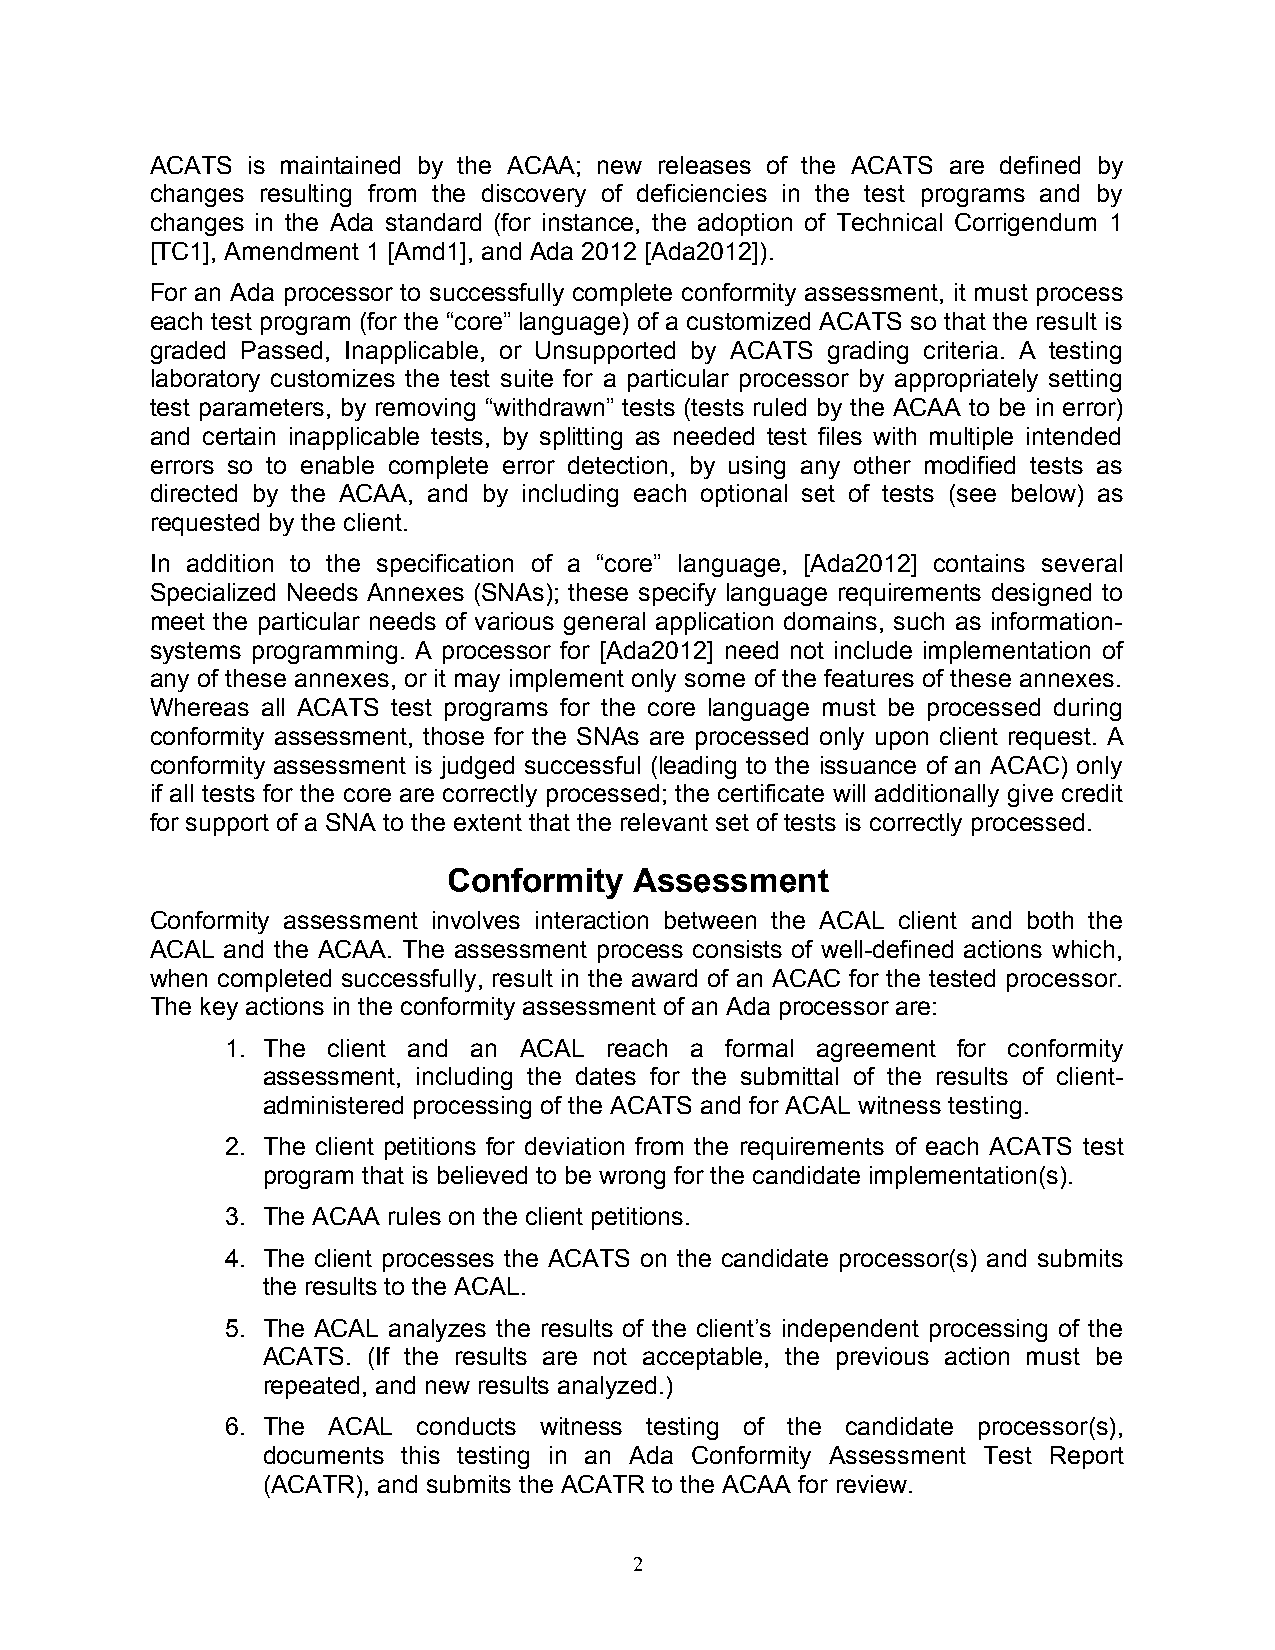
ACATS is maintained by the ACAA; new releases of the ACATS are defined by
 changes resulting from the discovery of deficiencies in the test programs and by
 changes in the Ada standard (for instance, the adoption of Technical Corrigendum 1
 [TC1], Amendment 1 [Amd1], and Ada 2012 [Ada2012]).
 For an Ada processor to successfully complete conformity assessment, it must process
 each test program (for the “core” language) of a customized ACATS so that the result is
 graded Passed, Inapplicable, or Unsupported by ACATS grading criteria. A testing
 laboratory customizes the test suite for a particular processor by appropriately setting
 test parameters, by removing “withdrawn” tests (tests ruled by the ACAA to be in error)
 and certain inapplicable tests, by splitting as needed test files with multiple intended
 errors so to enable complete error detection, by using any other modified tests as
 directed by the ACAA, and by including each optional set of tests (see below) as
 requested by the client.
 In addition to the specification of a “core” language, [Ada2012] contains several
 Specialized Needs Annexes (SNAs); these specify language requirements designed to
 meet the particular needs of various general application domains, such as information-
 systems programming. A processor for [Ada2012] need not include implementation of
 any of these annexes, or it may implement only some of the features of these annexes.
 Whereas all ACATS test programs for the core language must be processed during
 conformity assessment, those for the SNAs are processed only upon client request. A
 conformity assessment is judged successful (leading to the issuance of an ACAC) only
 if all tests for the core are correctly processed; the certificate will additionally give credit
 for support of a SNA to the extent that the relevant set of tests is correctly processed.
 Conformity  Assessment
 Conformity assessment involves interaction between the ACAL client and both the
 ACAL and the ACAA. The assessment process consists of well-defined actions which,
 when completed successfully, result in the award of an ACAC for the tested processor.
 The key actions in the conformity assessment of an Ada processor are:
 1. The client and an ACAL reach a formal agreement for conformity
 assessment, including the dates for the submittal of the results of client-
 administered processing of the ACATS and for ACAL witness testing.
 2. The client petitions for deviation from the requirements of each ACATS test
 program that is believed to be wrong for the candidate implementation(s).
 3. The ACAA rules on the client petitions.
 4. The client processes the ACATS on the candidate processor(s) and submits
 the results to the ACAL.
 5. The ACAL analyzes the results of the client’s independent processing of the
 ACATS. (If the results are not acceptable, the previous action must be
 repeated, and new results analyzed.)
 6. The ACAL  conducts witness testing of the candidate processor(s),
 documents this testing in an Ada Conformity Assessment Test Report
 (ACATR), and submits the ACATR to the ACAA for review.
 2